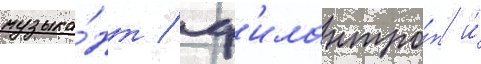
музыка́нт / ф'илантро́п и́